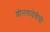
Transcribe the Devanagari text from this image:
शीतलादेवीची